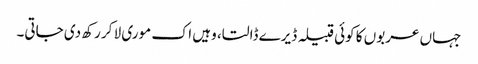
جہاں عربوں کا کوئی قبیلہ ڈیرے ڈالتا، وہیں اک موری لا کر رکھ دی جاتی۔